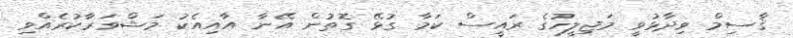
ޤާސިމް ވިދާޅުވީ މަޖިލީހުގެ ރައީސް ކަމާ ގުޅޭ ގޮތުން އޭނާ އާއިއެކު މަޝްވަރާކުރެެއްވި